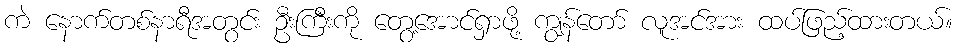
ကဲ နောက်တစ်နာရီအတွင်း ဦးကြီးကို တွေ့အောင်ရှာဖို့ ကျွန်တော် လူအင်အား ထပ်ဖြည့်ထားတယ်။